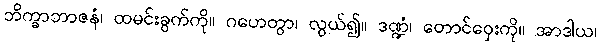
ဘိက္ခာဘာဇနံ၊ ထမင်းခွက်ကို။ ဂဟေတွာ၊ လွယ်၍။ ဒဏ္ဍံ၊ တောင်ဝှေးကို။ အာဒါယ၊